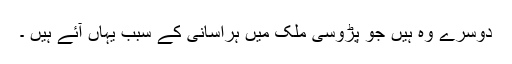
دوسرے وہ ہیں جو پڑوسی ملک میں ہراسانی کے سبب یہاں آئے ہیں ۔